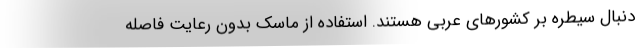
دنبال سیطره بر کشورهای عربی هستند. استفاده از ماسک بدون رعایت فاصله